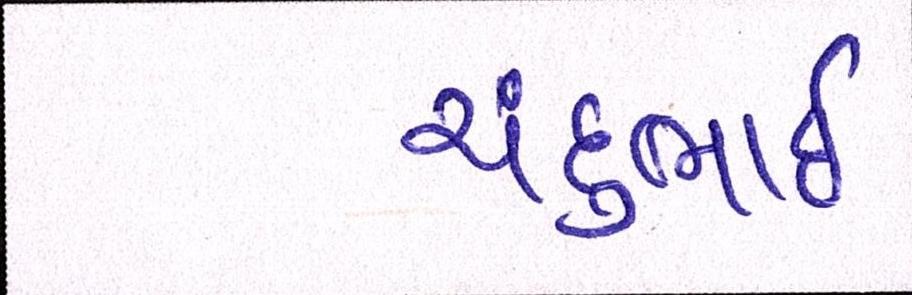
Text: ચંદુભાઈ